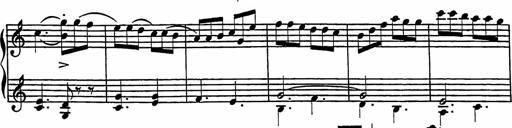
Title: 2 Sonatines
Composer: Richard Zeckwer